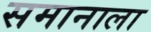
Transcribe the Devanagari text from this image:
समानाला